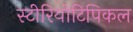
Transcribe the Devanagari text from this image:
स्टीरियोटिपिकल